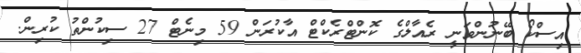
އިސްކޯ ބޭނުންވަނީ ރެއާލްގެ ކޮންޓްރެކްޓް އާކުރަން 59 މިނެޓް 27 ސިކުންތު ކުރިން.